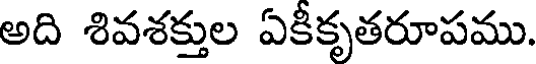
అది శివశక్తుల ఏకీకృతరూపము.